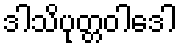
ဒါသိပုတ္တဝါဒေါ